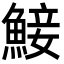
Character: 鯜